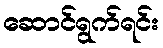
ဆောင်ရွက်ရင်း